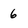
Character: 6